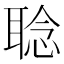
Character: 𱻻